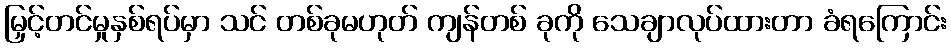
မြှင့်တင်မှုနှစ်ရပ်မှာ သင် တစ်ခုမဟုတ် ကျန်တစ် ခုကို သေချာလုပ်ထားတာ ခံရကြောင်း